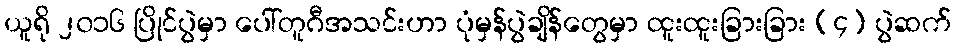
ယူရို ၂၀၁၆ ပြိုင်ပွဲမှာ ပေါ်တူဂီအသင်းဟာ ပုံမှန်ပွဲချိန်တွေမှာ ထူးထူးခြားခြား (၄) ပွဲဆက်